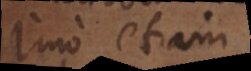
Imo etiam